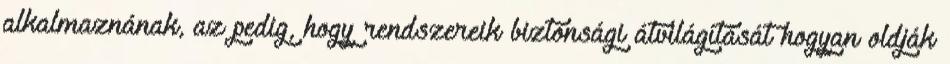
alkalmaznának, az pedig, hogy rendszereik biztonsági átvilágítását hogyan oldják